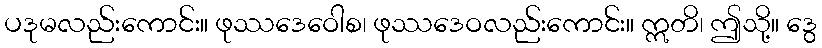
ပဒုမလည်းကောင်း။ ဖုဿဒေဝေါစ၊ ဖုဿဒေဝလည်းကောင်း။ ဣတိ၊ ဤသို့။ ဒွေ